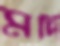
মর্দি